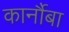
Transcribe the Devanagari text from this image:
कार्नौबा